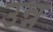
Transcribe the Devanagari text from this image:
उन्न